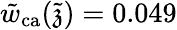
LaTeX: \tilde{w}_{\mathrm{ca}}(\tilde{\mathfrak{z}})=0.049